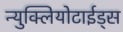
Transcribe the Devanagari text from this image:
न्युक्लियोटाईड्स